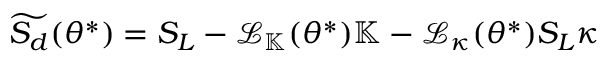
\widetilde { S _ { d } } ( \theta ^ { * } ) = S _ { L } - \mathcal { L } _ { \mathbb { K } } ( \theta ^ { * } ) \mathbb { K } - \mathcal { L } _ { \kappa } ( \theta ^ { * } ) S _ { L } \kappa